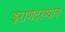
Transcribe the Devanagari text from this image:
इराणदरम्यान